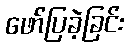
ဖော်ပြခဲ့ခြင်း